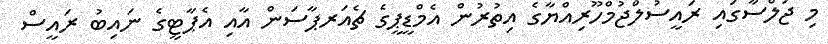
މި ޖަލްސާގައި ރައީސުލްޖުމްހޫރިއްޔާގެ އިތުރުން އެމްޑީޕީގެ ޗެއަރޕާސަން އާއި އެޕާޓީގެ ނައިބު ރައީސް